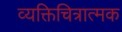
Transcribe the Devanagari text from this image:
व्यक्तिचित्रात्मक